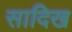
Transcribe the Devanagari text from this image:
सादिख